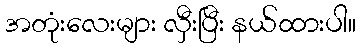
အတုံးလေးများ လှီးပြီး နယ်ထားပါ။